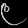
Digit: ၉